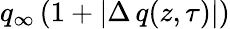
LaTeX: q_{\infty}\left(1+|\Delta\, q(z,\tau)|\right)